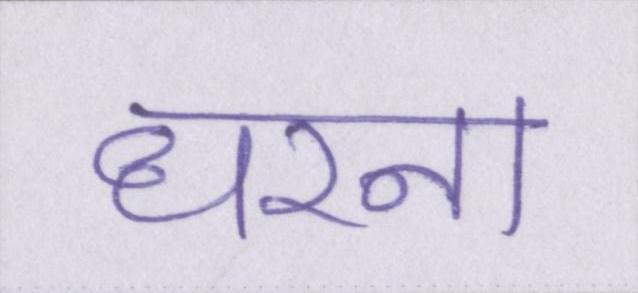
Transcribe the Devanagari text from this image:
धरना